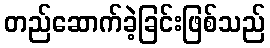
တည်ဆောက်ခဲ့ခြင်းဖြစ်သည်